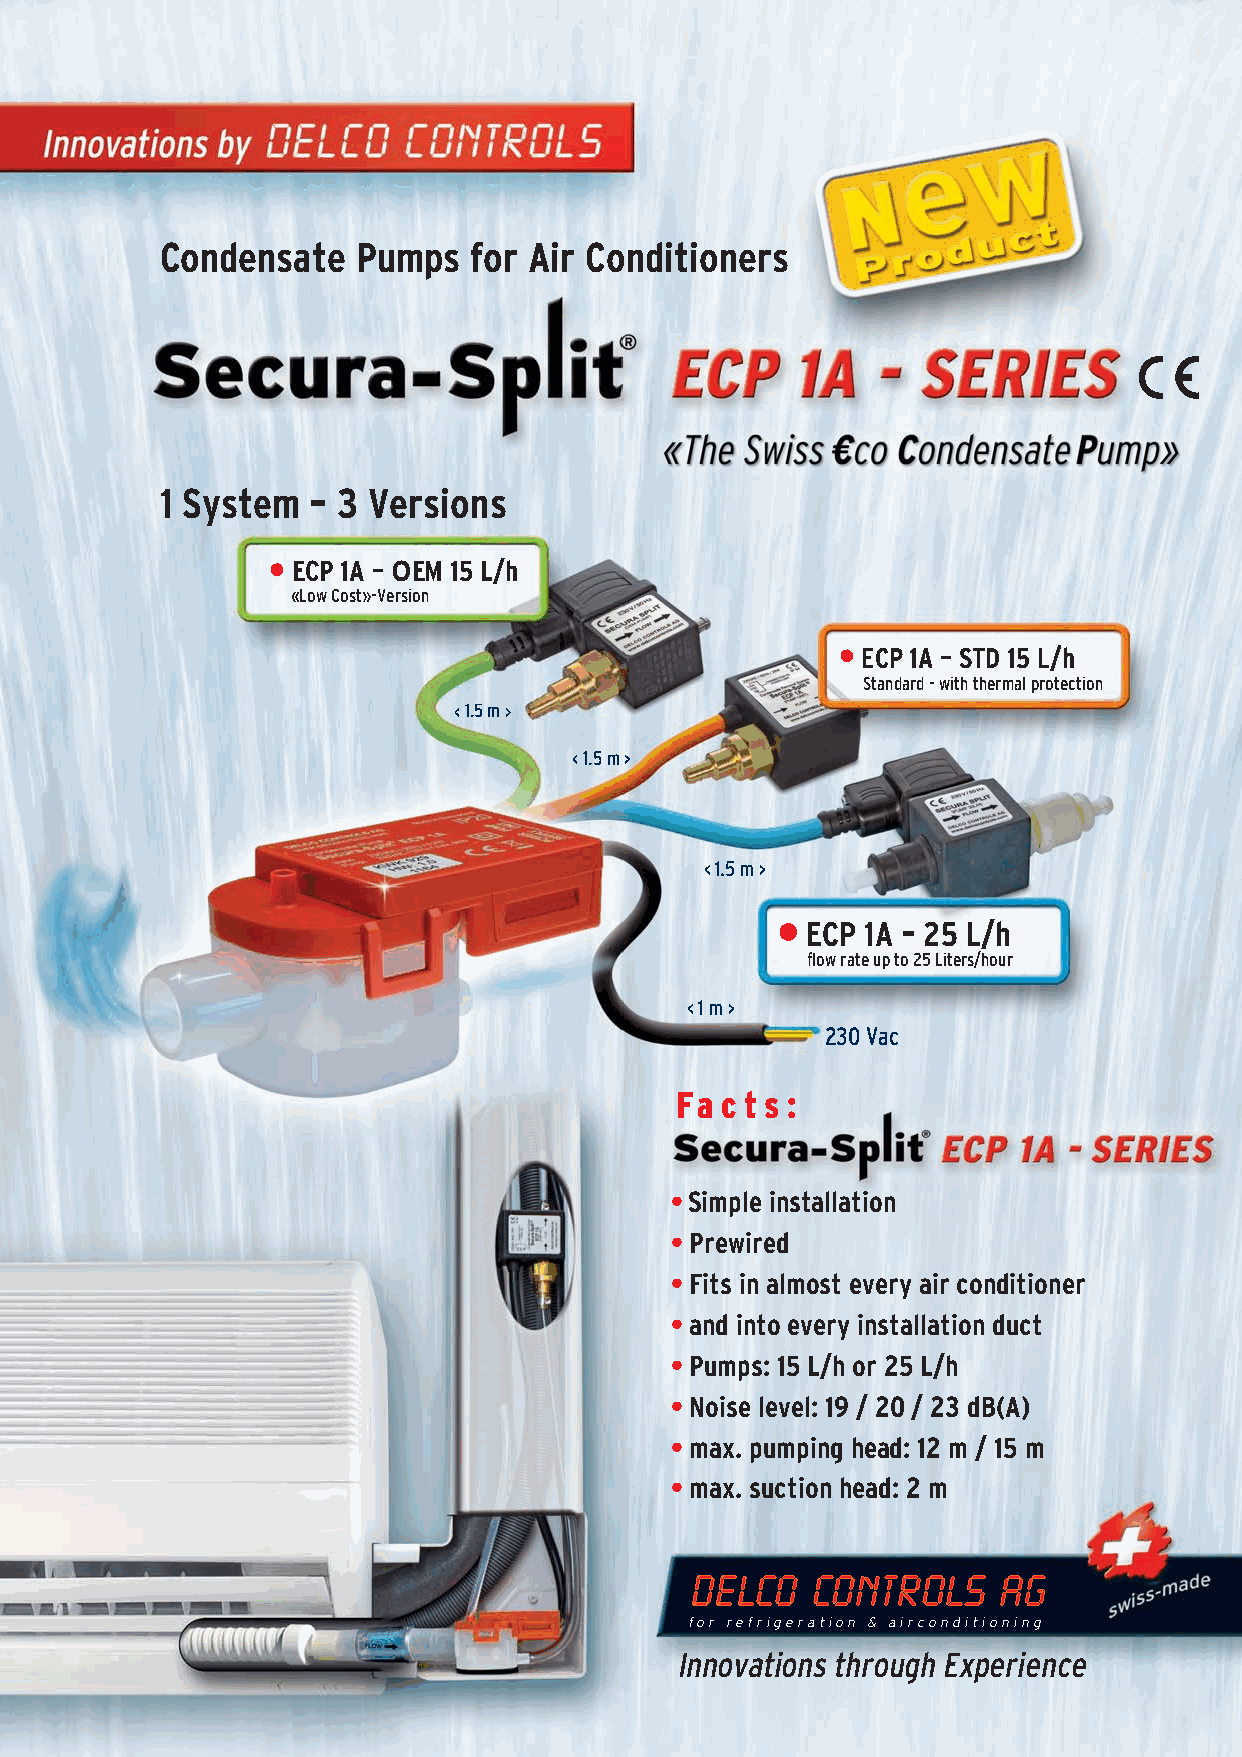
Condensate   Pumps  for Air Conditioners
 1 System  – 3 Versions
 • ECP 1A – OEM 15 L/h
 «Low Cost»-Version
 • ECP 1A – STD 15 L/h
 Standard - with thermal protection
 < 1.5 m >
 < 1.5 m >
 < 1.5 m >
 •
 ECP 1A – 25 L/h
 flow rate up to 25 Liters/hour
 < 1 m >
 230 Vac
 Fa c t s :
 •Simple installation
 • Prewired
 • Fits in almost every air conditioner
 • and into every installation duct
 • Pumps: 15 L/h or 25 L/h
 • Noise level: 19 / 20 / 23 dB(A)
 • max. pumping head: 12 m / 15 m
 • max. suction head: 2 m
 for refrigeration & airconditioning
 Innovations through Experience